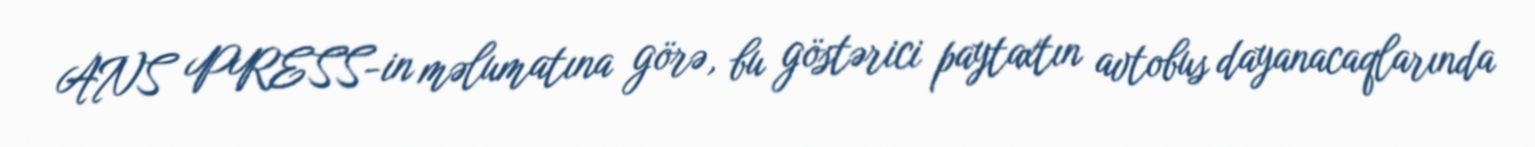
ANS PRESS-in məlumatına görə, bu göstərici paytaxtın avtobus dayanacaqlarında